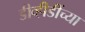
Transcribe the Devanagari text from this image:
डीव्हीडींच्या